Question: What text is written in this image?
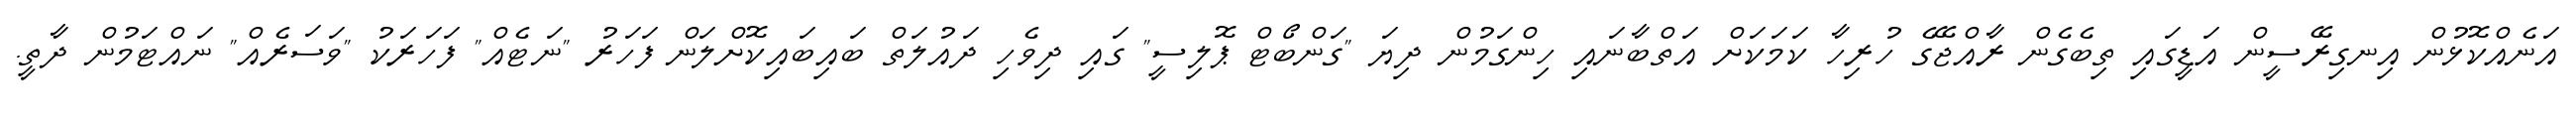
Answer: އަނެއްކޮޅުން އިނގިރޭސީން އަޑީގައި ތިބެގެން ރާއްޖޭގެ ހުރިހާ ކަމަކަށް އަތްބާނައި ހިންގަމުން ދިޔަ "ގަންބޯޓް ޕޮލިސީ" ގައި ދިވެހި ދައުލަތް ބައިބައިކޮށްލަން ފަހަރު "ނަޓެއް" ފަހަރަކު "ވަސަރެއް" ނައްޓަމުން ދާތީ.